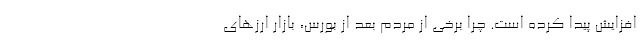
افزایش پیدا کرده است. چرا برخی از مردم بعد از بورس، بازار ارزهای